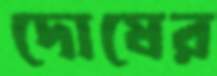
দোষের